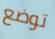
توضع